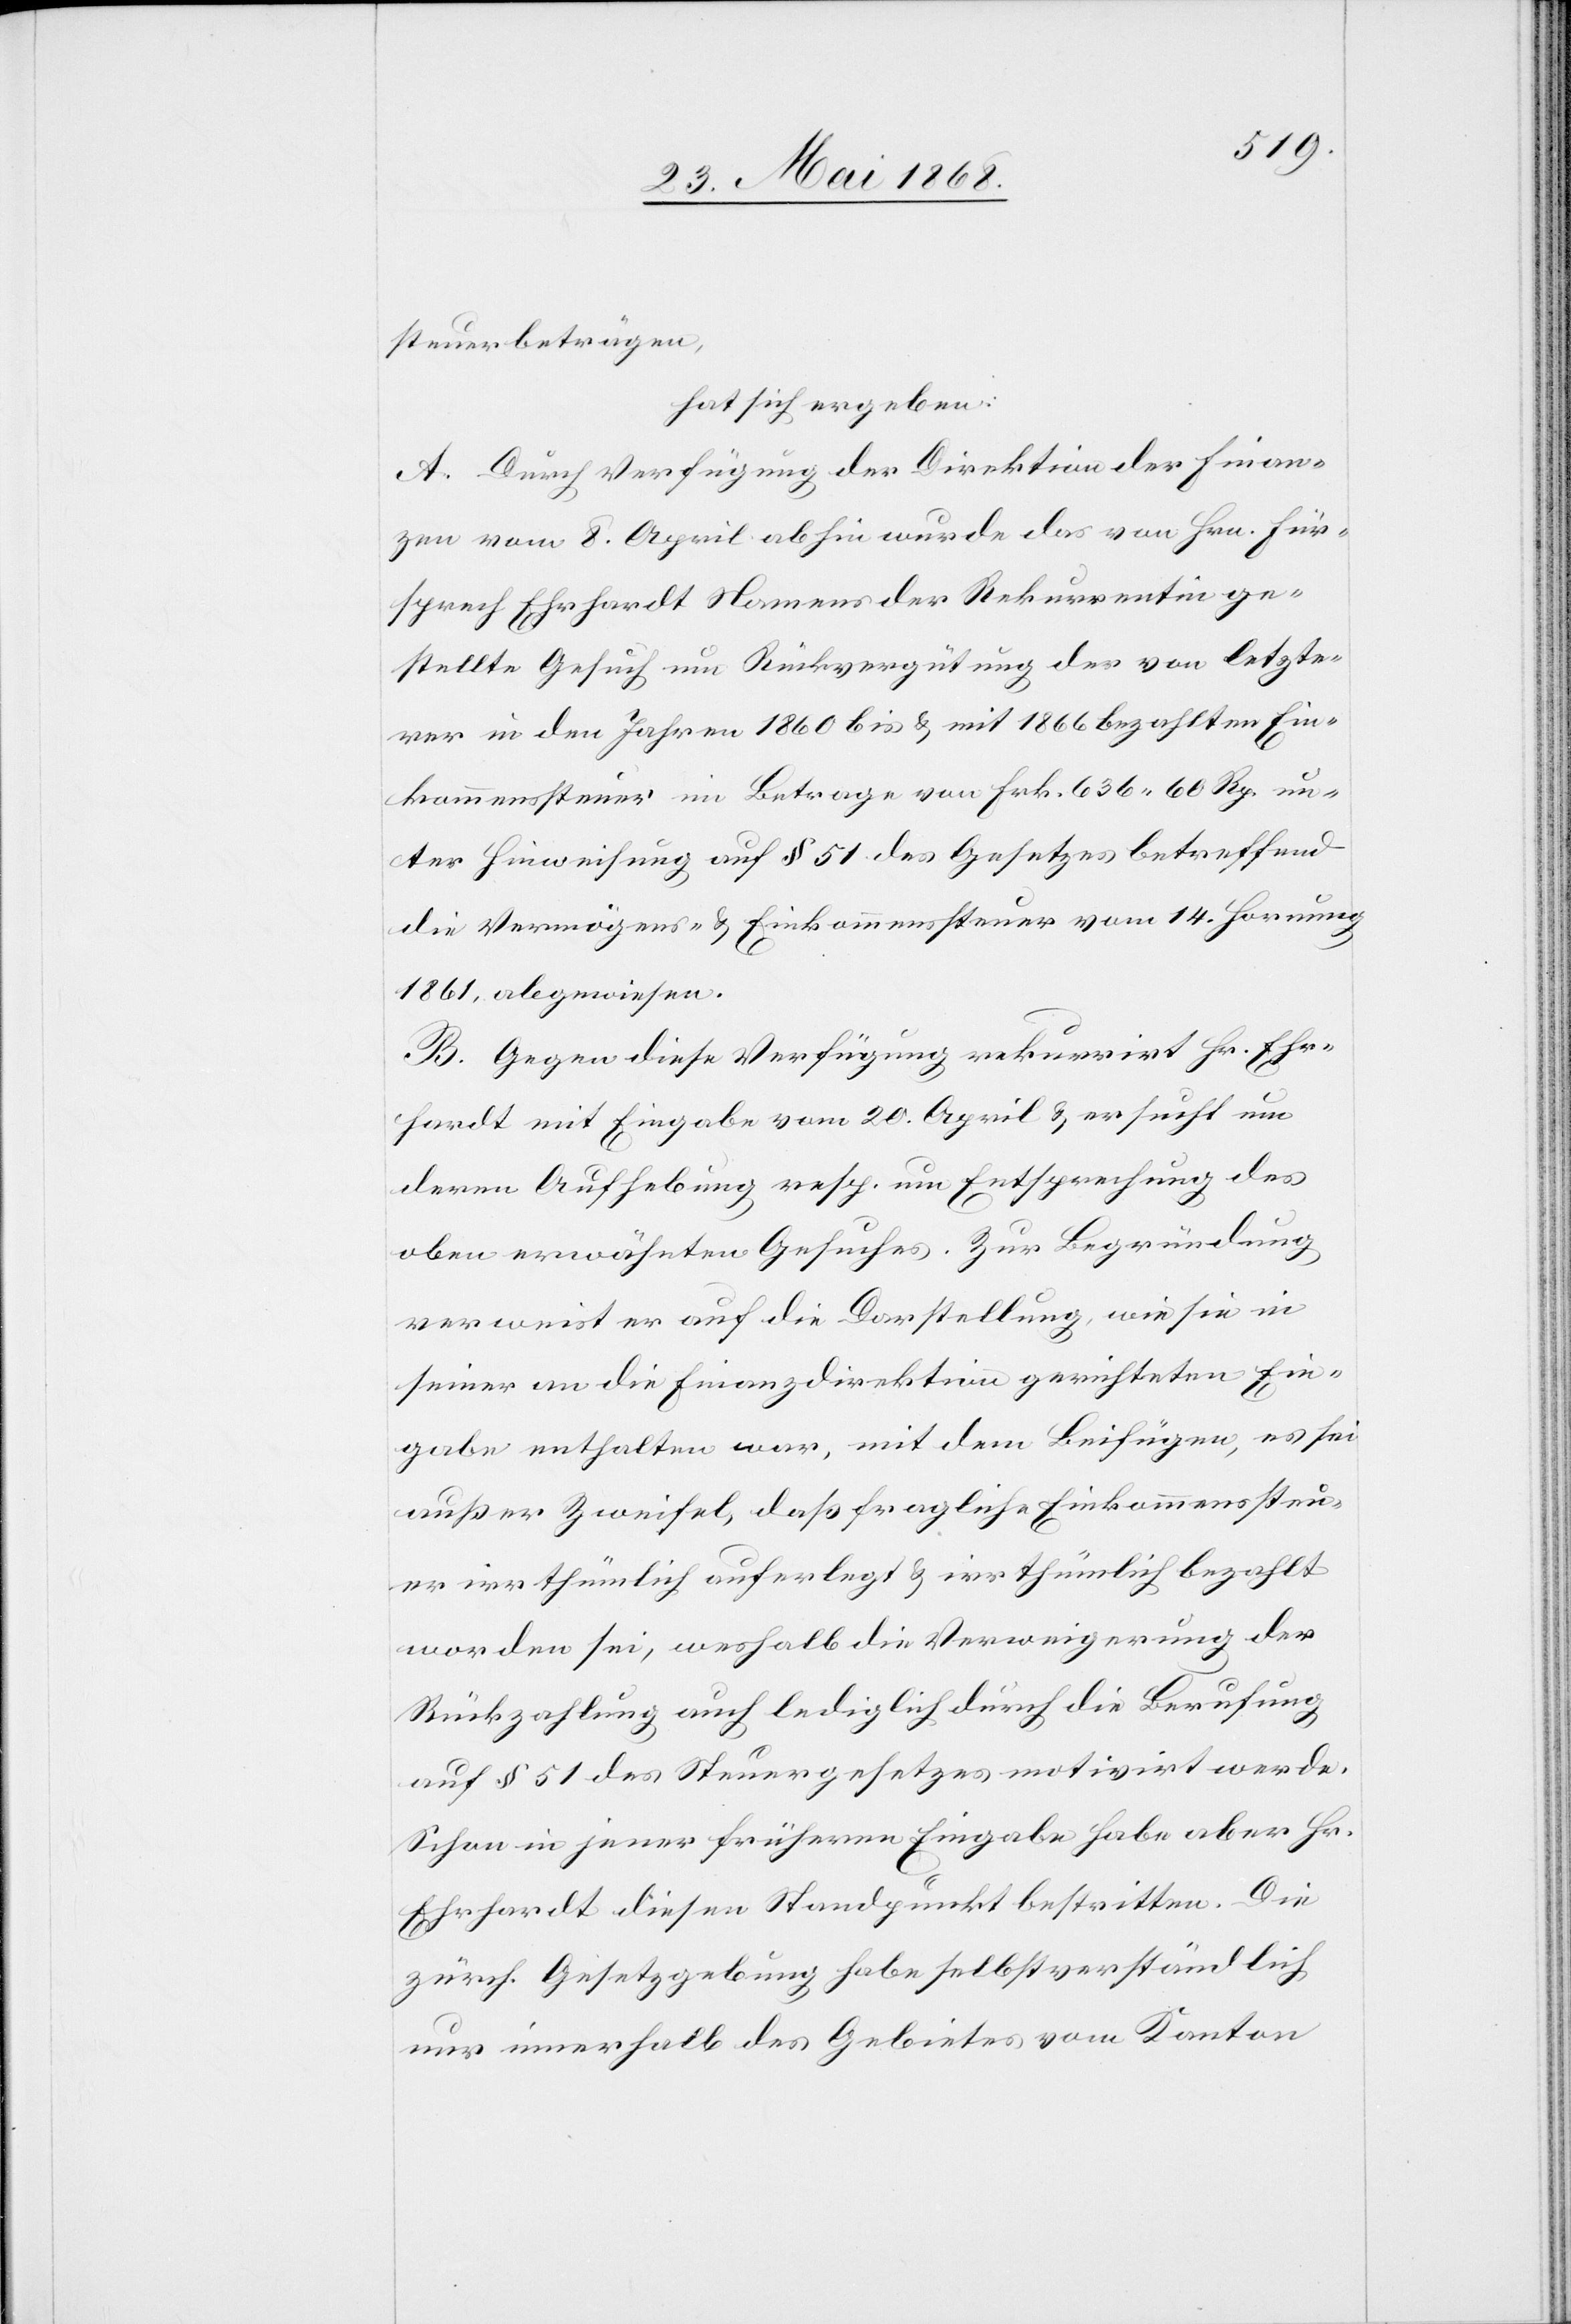
steuerbeträgen,
hat sich ergeben:
A. Durch Verfügung der Direktion der Finan¬
zen vom 8. April abhin wurde das von Hrn. Für¬
sprech Ehrhardt Namens der Rekurrentin ge¬
stellte Gesuch um Rückvergütung des von letzte¬
rer in den Jahren 1860 bis & mit 1866 bezahlten Ein¬
kommenssteuer im Betrage von Frk. 636. 60 Rp. un¬
ter Hinweisung auf § 51 des Gesetzes betreffend
die Vermögens- & Einkommenssteuer vom 14. Hornung
1861, abgewiesen.
B. Gegen diese Verfügung rekurrirt Hr. Ehr¬
hardt mit Eingabe vom 20. April & ersucht um
deren Aufhebung resp. um Entsprechung des
oben erwähnten Gesuches. Zur Begründung
verweist er auf die Darstellung, wie sie in
seiner an die Finanzdirektion gerichteten Ein¬
gabe enthalten war, mit dem Beifügen, es sei
außer Zweifel, daß fragliche Einkommenssteu¬
er irrthümlich auferlegt & irrthümlich bezahlt
worden sei, weshalb die Verweigerung der
Rückzahlung auch lediglich durch die Berufung
auf § 51 des Steuergesetzes motivirt werde.
Schon in jener früheren Eingabe habe aber Hr.
Ehrhardt diesen Standpunkt bestritten. Die
zürch. Gesetzgebung habe selbstverständlich
nur innerhalb des Gebietes vom Kanton